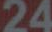
24